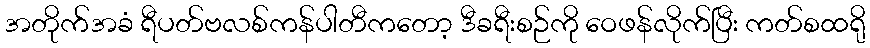
အတိုက်အခံ ရီပတ်ဗလစ်ကန်ပါတီကတော့ ဒီခရီးစဉ်ကို ဝေဖန်လိုက်ပြီး ကတ်စထရို